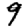
Digit: 9